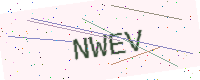
Text: NWEV